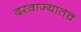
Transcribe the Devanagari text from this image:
दरवाज्यातच